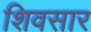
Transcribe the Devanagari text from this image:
शिवसार